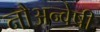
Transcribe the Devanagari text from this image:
नौअन्वेषी